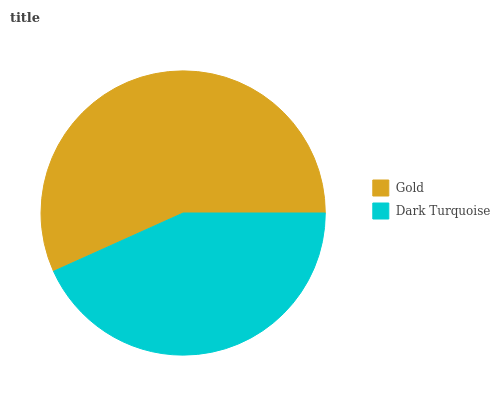
| Gold | Dark Turquoise |
 | --- | --- |
 | 56.7% | 43.3% |